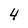
Character: 4